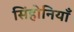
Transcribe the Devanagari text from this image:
सिंहोनियाँ